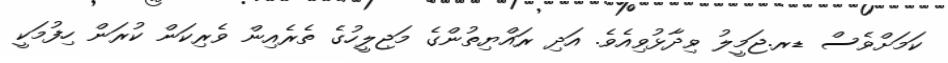
ކަމަށްވެސް ޑރ.ޖަމީލު ވިދާޅުވިއެވެ. އަދި ރައްޔިތުންގެ މަޖިލީހުގެ ތެރެއިން ވެރިކަން ކުރަން ހިފުމަކީ